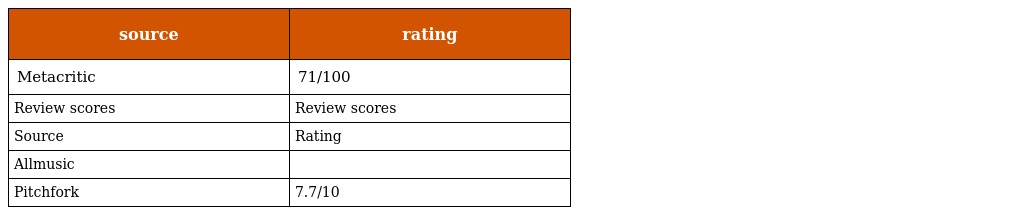
| source | rating |
 | --- | --- |
 | Metacritic | 71/100 |
 | Review scores | Review scores |
 | Source | Rating |
 | Allmusic |  |
 | Pitchfork | 7.7/10 |